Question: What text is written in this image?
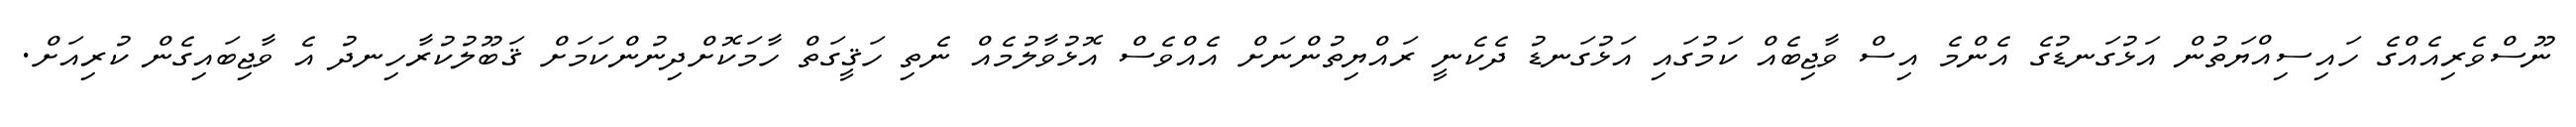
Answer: ނޫސްވެރިއެއްގެ ހައިސިއްޔަތުން އަޅުގަނޑުގެ އެންމެ އިސް ވާޖިބެއް ކަމުގައި އަޅުގަނޑު ދެކެނީ ރައްޔިތުންނަށް އެއްވެސް އޮޅުވާލުމެއް ނެތި ހަޤީގަތް ހާމަކޮށްދިނުންކަމަށް ޤަބޫލުކުރާހިނދު އެ ވާޖިބައިގެން ކުރިއަށް.